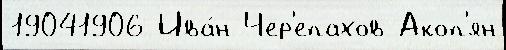
19041906 Ива́н Чер'епахов Акоп'ян